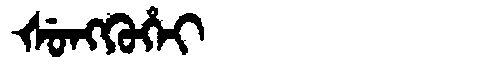
Manchu: ᡧᡠᠩᡴᡠᡥᡝᡳ
Romanization: ŠUNGKUHEI